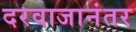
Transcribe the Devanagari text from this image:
दरवाजानंतर